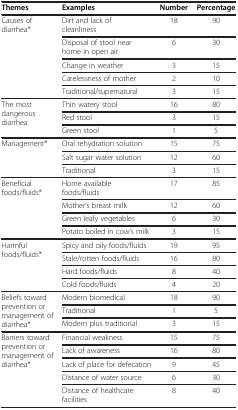
| Themes | Examples | Number | Percentage |
 | --- | --- | --- | --- |
 | <ROWSPAN=5> Causes of diarrhea* | Dirt and lack of cleanliness | 18 | 90 |
 | Disposal of stool near home in open air | 6 | 30 |
 | Change in weather | 3 | 15 |
 | Carelessness of mother | 2 | 10 |
 | Traditional/supernatural | 3 | 15 |
 | <ROWSPAN=3> The most dangerous diarrhea | Thin watery stool | 16 | 80 |
 | Red stool | 3 | 15 |
 | Green stool | 1 | 5 |
 | <ROWSPAN=3> Management* | Oral rehydration solution | 15 | 75 |
 | Salt sugar water solution | 12 | 60 |
 | Traditional | 3 | 15 |
 | <ROWSPAN=4> Beneficial foods/fluids* | Home available foods/fluids | 17 | 85 |
 | Mother’s breast milk | 12 | 60 |
 | Green leafy vegetables | 6 | 30 |
 | Potato boiled in cow’s milk | 3 | 15 |
 | <ROWSPAN=4> Harmful foods/fluids* | Spicy and oily foods/fluids | 19 | 95 |
 | Stale/rotten foods/fluids | 16 | 80 |
 | Hard foods/fluids | 8 | 40 |
 | Cold foods/fluids | 4 | 20 |
 | <ROWSPAN=3> Beliefs toward prevention or management of diarrhea* | Modern biomedical | 18 | 90 |
 | Traditional | 1 | 5 |
 | Modern plus traditional | 3 | 15 |
 | <ROWSPAN=5> Barriers toward prevention or management of diarrhea* | Financial weakness | 15 | 75 |
 | Lack of awareness | 16 | 80 |
 | Lack of place for defecation | 9 | 45 |
 | Distance of water source | 6 | 30 |
 | Distance of healthcare facilities | 8 | 40 |